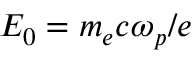
E _ { 0 } = m _ { e } c \omega _ { p } / e